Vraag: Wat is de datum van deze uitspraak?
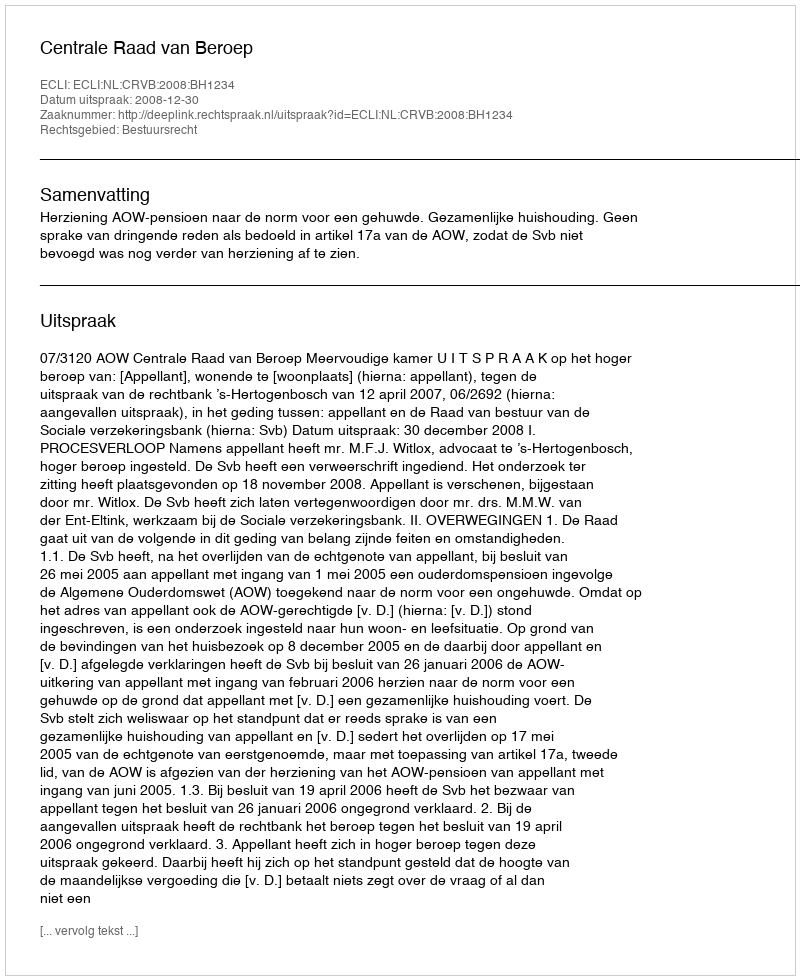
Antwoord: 2008-12-30